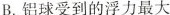
B.铝球受到的浮力最大